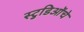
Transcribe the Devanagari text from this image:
स्टुडिओंचे